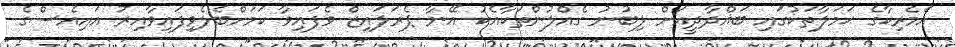
އެމެރިކާގެ ޙަމަލާތަކުގައި ބަޣްދާދީއަށް ލިބުނު ގެއްލުންތަކާއެކު އޭނާ ޕެރަލައިޒް ވެފައިވާ ކަމަށްބެލެވިފައިވާއިރު އައިއެސްގެ